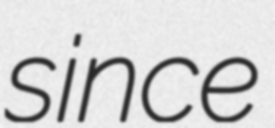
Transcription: since